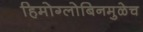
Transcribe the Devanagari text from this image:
हिमोग्लोबिनमुळेच